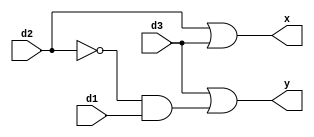
module prio_encoder (y, x, d3, d2, d1);
input d3, d2, d1;
output y, x;
wire w0, w1;

not n1(w1, d2);
and a1(w0, w1, d1);
or o1(y, d3, w0);
or o2(x, d2, d3);

endmodule

module testbench_prio_encoder;
reg d3, d2, d1;
wire y, x;
prio_encoder f(y, x, d3, d2, d1);

initial 

begin
d3 = 1'b0; d2 = 1'b0; d1 = 1'b0;
#10; d3 = 1'b0; d2 = 1'b0; d1 = 1'b1;
#10; d3 = 1'b0; d2 = 1'b1; d1 = 1'b1;
#10; d3 = 1'b1; d2 = 1'b1; d1 = 1'b1;
end

endmodule